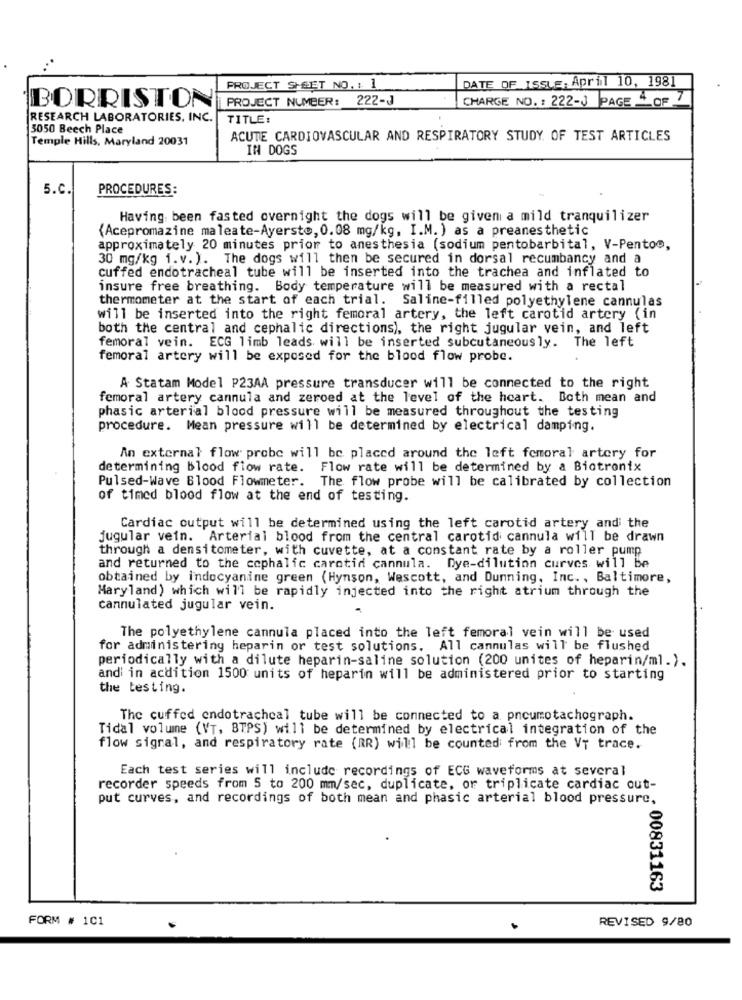
DATE OF ISSUE: April 10, 1981
PROJECT SHEET NO. : 1
PROJECT NUMBER: 222-J
CHARGE NO. : 222-3 PAGE 4 OF 7
BORRISTON
RESEARCH LABORATORIES, INC.
TITLE:
3050 Beech Place
Temple Hills, Maryland 20031
ACUTE CARDIOVASCULAR AND RESPIRATORY STUDY OF TEST ARTICLES
IN DOGS
5.C.
PROCEDURES:
Having been fasted overnight the dogs will be given a mild tranquilizer
(Acepromazine maleate-Ayersto, 0.08 mg/kg, I.M. ) as a preanesthetic
approximately 20 minutes prior to anesthesia (sodium pentobarbital, V-Pentoo,
30 mg/kg i.v.). The dogs will then be secured in dorsal recumbancy and a
cuffed endotracheal tube will be inserted into the trachea and inflated to
insure free breathing. Body temperature will be measured with a rectal
thermometer at the start of each trial. Saline-filled polyethylene cannulas
will be inserted into the right femoral artery, the left carotid artery (in
both the central and cephalic directions), the right jugular vein, and left
femoral vein. ECG limb leads will be inserted subcutaneously. The left
femoral artery will be exposed for the blood flow probe.
A Statam Model P23AA pressure transducer will be connected to the right
femoral artery cannula and zeroed at the level of the heart. Both mean and
phasic arterial blood pressure will be measured throughout the testing
procedure. Mean pressure will be determined by electrical damping.
An external flow probe will be placed around the left femoral artery for
determining Blood flow rate.
Flow rate will be determined by a Biotronix
Pulsed-Wave Blood Flowmeter. The flow probe will be calibrated by collection
of timed blood flow at the end of testing.
Cardiac output will be determined using the left carotid artery and the
jugular vein. Arterial blood from the central carotid cannula will be drawn
through a densitometer, with cuvette, at a constant rate by a roller pump
and returned to the cephalic carotid cannula. Dye-dilution curves will be
obtained by indocyanine green (Hynson, Wescott, and Dunning, Inc ., Baltimore,
Maryland) which will be rapidly injected into the right atrium through the
cannulated jugular vein.
The polyethylene cannula placed into the left femoral vein will be used
for administering heparin or test solutions. All cannulas will be flushed
periodically with a dilute heparin-saline solution (200 unites of heparin/ml.).
and in acdition 1500 units of heparin will be administered prior to starting
the testing.
The cuffed endotracheal tube will be connected to a pneumotachograph.
Tidal volume (VT, BTPS) will be determined by electrical integration of the
flow signal, and respiratory rate (RR) will be counted from the VT trace.
Each test series will include recordings of ECG waveforms at several
recorder speeds from 5 to 200 mm/sec, duplicate, or triplicate cardiac out-
put curves, and recordings of both mean and phasic arterial blood pressure,
00831163
FORM # 101
REVISED 9/80